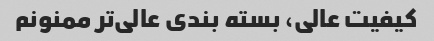
کیفیت عالی، بسته بندی عالی‌تر ممنونم